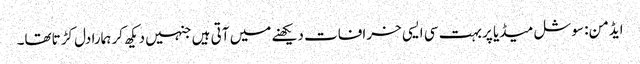
ایڈمن: سوشل میڈیا پر بہت سی ایسی خرافات دیکھنے میں آتی ہیں جنہیں دیکھ کر ہمارا دل کڑتاتھا۔